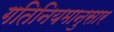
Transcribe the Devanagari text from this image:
गतिनियमानुसार